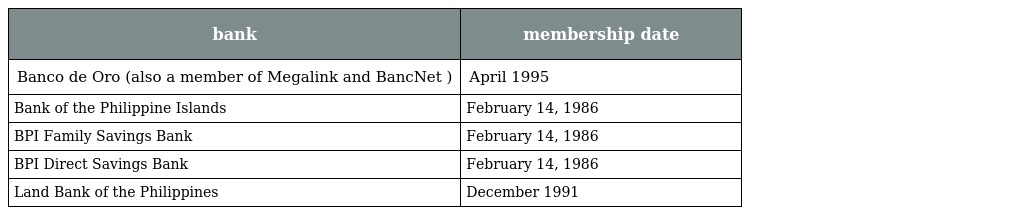
| bank | membership date |
 | --- | --- |
 | Banco de Oro (also a member of Megalink and BancNet ) | April 1995 |
 | Bank of the Philippine Islands | February 14, 1986 |
 | BPI Family Savings Bank | February 14, 1986 |
 | BPI Direct Savings Bank | February 14, 1986 |
 | Land Bank of the Philippines | December 1991 |